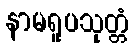
နာမရူပသုတ္တံ